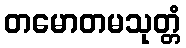
တမောတမသုတ္တံ